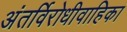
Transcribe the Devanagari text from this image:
अंतर्विरोधीवाहिका